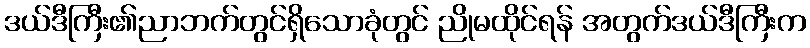
ဒယ်ဒီကြီး၏ညာဘက်တွင်ရှိသောခုံတွင် ညိုမထိုင်ရန် အတွက်ဒယ်ဒီကြီးက